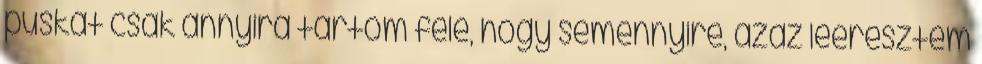
puskát csak annyira tartom felé, hogy semennyire, azaz leeresztem